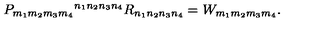
P _ { m _ { 1 } m _ { 2 } m _ { 3 } m _ { 4 } } { } ^ { n _ { 1 } n _ { 2 } n _ { 3 } n _ { 4 } } R _ { n _ { 1 } n _ { 2 } n _ { 3 } n _ { 4 } } = W _ { m _ { 1 } m _ { 2 } m _ { 3 } m _ { 4 } } .